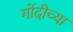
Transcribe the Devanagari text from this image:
गोंदीच्या